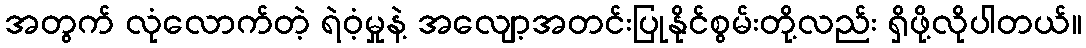
အတွက် လုံလောက်တဲ့ ရဲဝံ့မှုနဲ့ အလျော့အတင်းပြုနိုင်စွမ်းတို့လည်း ရှိဖို့လိုပါတယ်။